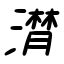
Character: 潸